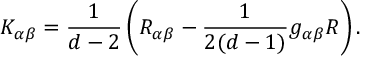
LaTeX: K _ { \alpha \beta } = \frac { 1 } { d - 2 } \, \bigg ( R _ { \alpha \beta } - \frac { 1 } { 2 ( d - 1 ) } g _ { \alpha \beta } R \bigg ) \, .